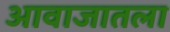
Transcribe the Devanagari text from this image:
आवाजातला